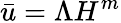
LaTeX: \bar{u}=\Lambda H^{m}